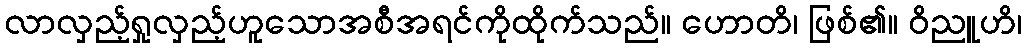
လာလှည့်ရှုလှည့်ဟူသောအစီအရင်ကိုထိုက်သည်။ ဟောတိ၊ ဖြစ်၏။ ဝိညူဟိ၊